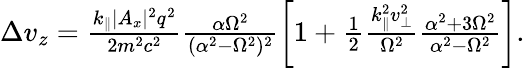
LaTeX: \begin{array}{r}{\Delta v_{z}=\frac{k_{\parallel}|A_{x}|^{2}q^{2}}{2m^{2}c^{2}}\frac{\alpha\Omega^{2}}{(\alpha^{2}-\Omega^{2})^{2}}\left[1+\frac{1}{2}\frac{k_{\parallel}^{2}v_{\perp}^{2}}{\Omega^{2}}\frac{\alpha^{2}+3\Omega^{2}}{\alpha^{2}-\Omega^{2}}\right].}\end{array}